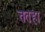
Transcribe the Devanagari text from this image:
ततहा